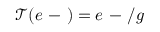
\mathcal T ( e \mathrm { ~ - ~ } ) = e \mathrm { ~ - ~ } / g